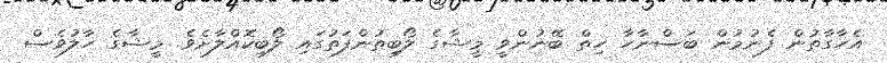
އެހާގާތުން ފެނުމުން ބަސްނާހާ ހިތް ބޭނުންވީ މީޝާގެ ލޯބިތުންފަތުގައި ލޯބިކޮއްލާށެވެ. މީޝާގެ ހާލުވެސް